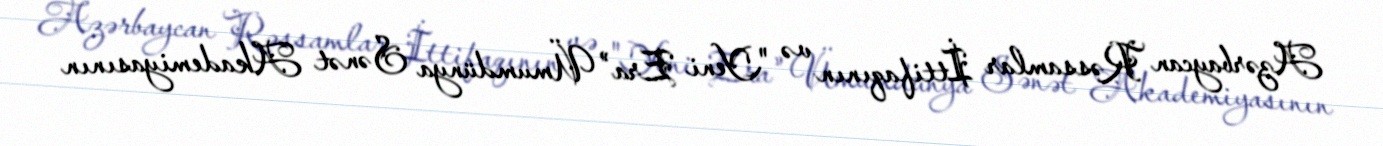
Azərbaycan Rəssamlar İttifaqının və "Yeni Era" Ümumdünya Sənət Akademiyasının